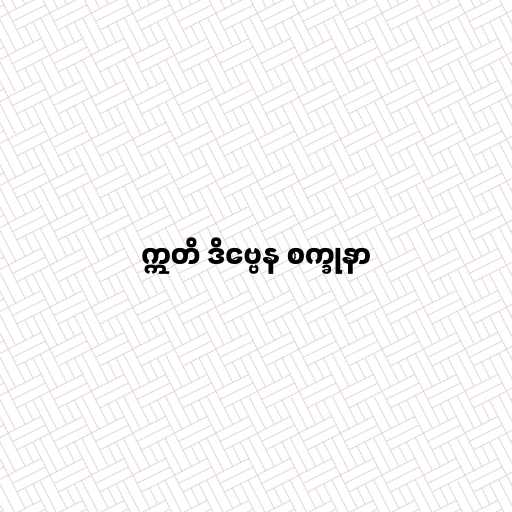
ဣတိ ဒိဗ္ဗေန စက္ခုနာ